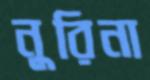
নুরিনা